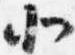
北